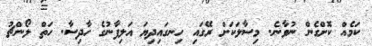
ކަމެއް ކޮށްގެން ނުވާނެ. މިސާލަކަށް ރޭގައި ހިނގައިދިޔަ އަލިފާނުގެ ހާދިސާ. ހަތް ލޯންޗު